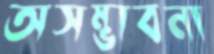
অসম্ভাবনা